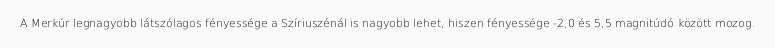
A Merkúr legnagyobb látszólagos fényessége a Szíriuszénál is nagyobb lehet, hiszen fényessége -2,0 és 5,5 magnitúdó között mozog.